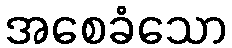
အစေခံသော